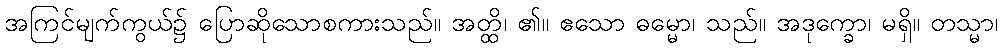
အကြင်မျက်ကွယ်၌ ပြောဆိုသောစကားသည်။ အတ္ထိ၊ ၏။ ဧသော ဓမ္မော၊ သည်။ အဒုက္ခော၊ မရှိ။ တသ္မာ၊